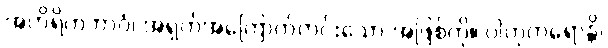
အဟိရိကဘာဝံ၊ အရှက်အကြောက်ကင်းသော အဖြစ်ကို။ ပါတုကရောန္တိ၊